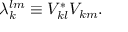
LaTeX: \lambda _ { k } ^ { l m } \equiv V _ { k l } ^ { * } V _ { k m } .